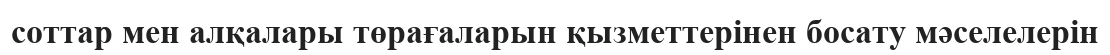
соттар мен алқалары төрағаларын қызметтерінен босату мәселелерін